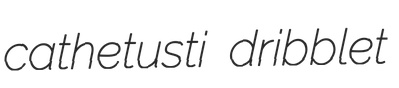
cathetusti dribblet